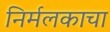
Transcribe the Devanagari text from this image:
निर्मलकाचा